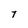
Character: t